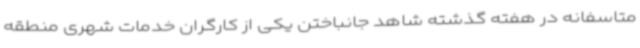
متاسفانه در هفته گذشته شاهد جانباختن یکی از کارگران خدمات شهری منطقه